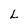
Character: L